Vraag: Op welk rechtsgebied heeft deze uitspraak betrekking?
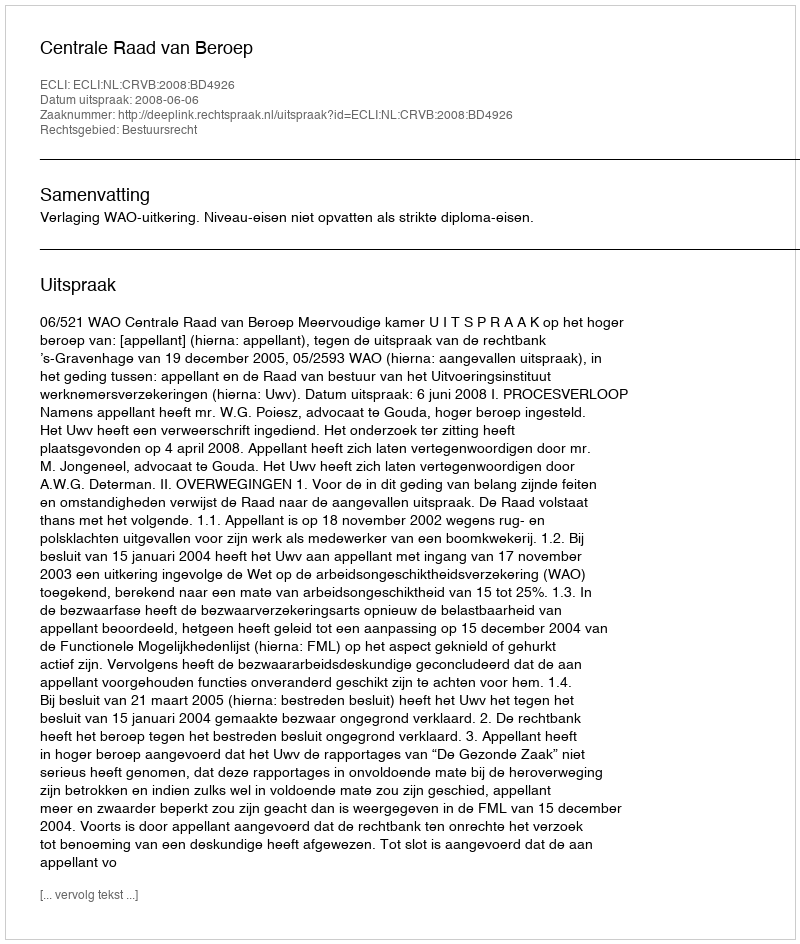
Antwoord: Bestuursrecht